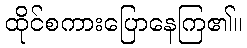
ထိုင်စကားပြောနေကြ၏။